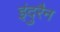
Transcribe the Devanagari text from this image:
इंदुरैन